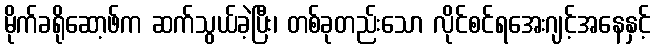
မိုက်ခရိုဆော့ဖ်က ဆက်သွယ်ခဲ့ပြီး၊ တစ်ခုတည်းသော လိုင်စင်ရအေးဂျင့်အနေနှင့်